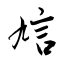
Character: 訄